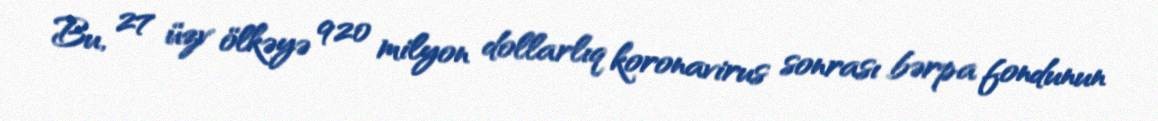
Bu, 27 üzv ölkəyə 920 milyon dollarlıq koronavirus sonrası bərpa fondunun